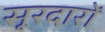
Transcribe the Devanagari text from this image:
सूरदारों